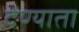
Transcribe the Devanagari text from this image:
देण्याता